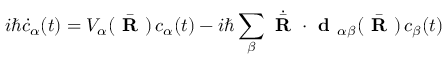
i \hbar \dot { c } _ { \alpha } ( t ) = V _ { \alpha } ( \bar { \textbf { R } } ) \, c _ { \alpha } ( t ) - i \hbar \sum _ { \beta } \dot { \bar { \textbf { R } } } \cdot \textbf { d } _ { \alpha \beta } ( \bar { \textbf { R } } ) \, c _ { \beta } ( t )